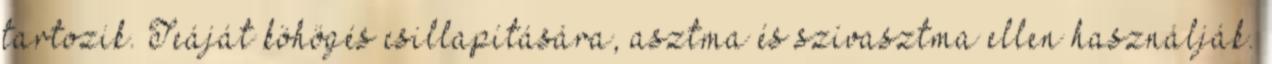
tartozik. Teáját köhögés csillapítására, asztma és szívasztma ellen használják.